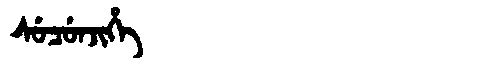
Manchu: ᠰᡠᠴᡠᠨᠵᡳᡥᡝ
Romanization: SUCUNJIHE